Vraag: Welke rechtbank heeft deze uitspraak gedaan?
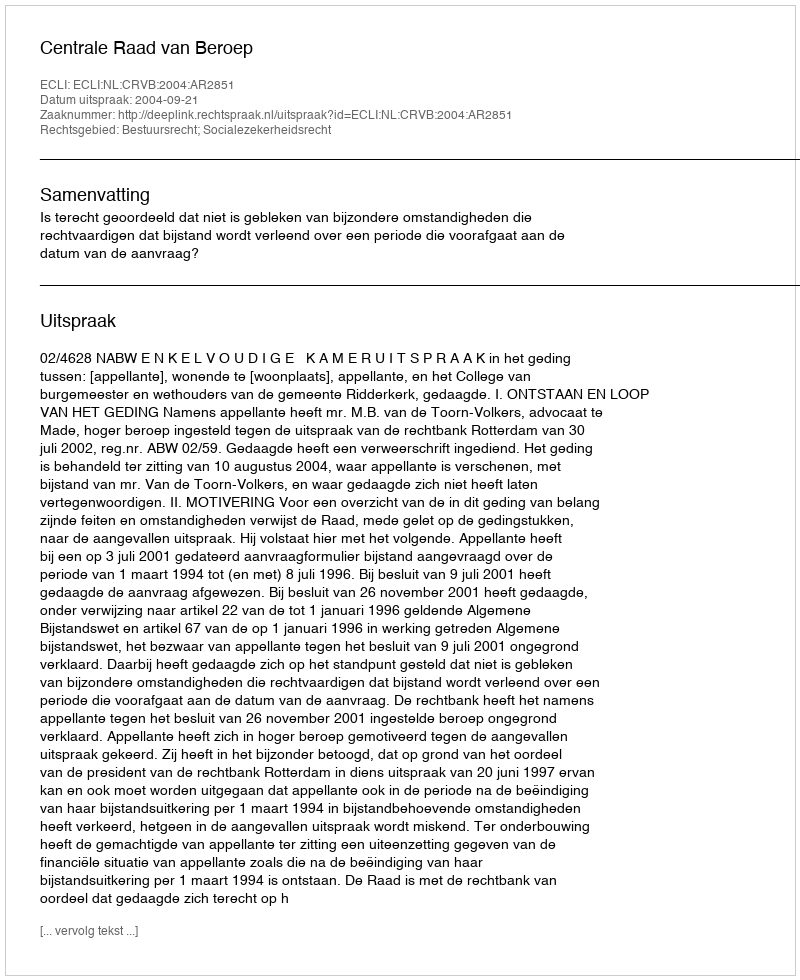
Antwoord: Centrale Raad van Beroep